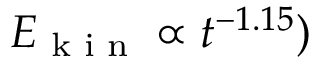
E _ { \textrm { k i n } } \propto t ^ { - 1 . 1 5 } )